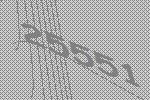
25551